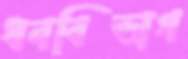
ধনবিভাগ